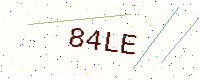
Text: 84LE